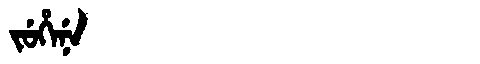
Manchu: ᠵᡠᡥᡝᠨᡝ
Romanization: JUHENE